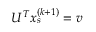
U ^ { T } x _ { s } ^ { ( k + 1 ) } = v